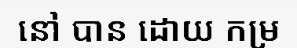
នៅ បាន ដោយ កម្រ